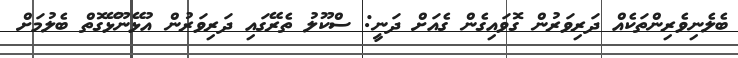
ބެލެނިވެރިންތަކެއް ދަރިވަރުން ގޮވައިގެން ގެއަށް ދަނީ: ސްކޫލު ތެރޭގައި ދަރިވަރުން އުޅޭނޫޅޭގޮތް ބެލުމަށް